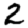
Digit: 2